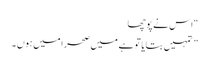
“ اس نے پوچھا
” تمہیں بتایا تو ہے میں صحرا میں ہوں ۔